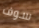
سوف